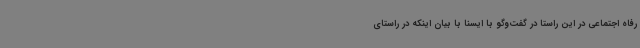
رفاه اجتماعی در این راستا در گفت‌وگو با ایسنا با بیان اینکه در راستای